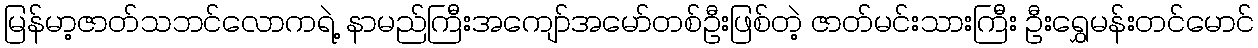
မြန်မာ့ဇာတ်သဘင်လောကရဲ့ နာမည်ကြီးအကျော်အမော်တစ်ဦးဖြစ်တဲ့ ဇာတ်မင်းသားကြီး ဦးရွှေမန်းတင်မောင်